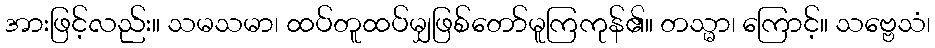
အားဖြင့်လည်း။ သမသမာ၊ ထပ်တူထပ်မျှဖြစ်တော်မူကြကုန်၏။ တသ္မာ၊ ကြောင့်။ သဗ္ဗေသံ၊